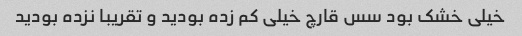
خیلی خشک بود سس قارچ خیلی کم زده بودید و تقریبا نزده بودید